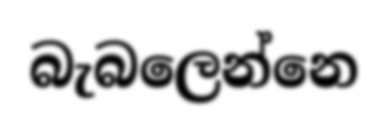
බැබලෙන්නෙ